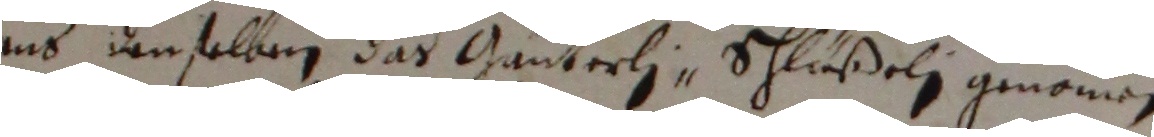
aus denselben das Gänterli schlußeli genommen